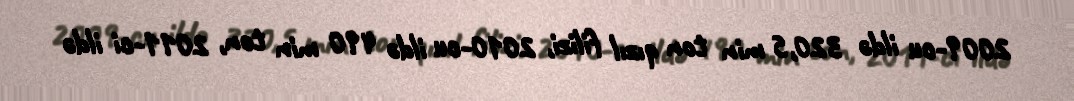
2009-cu ildə 320,5 min ton qızıl filizi, 2010-cu ildə 490 min ton, 2011-ci ildə